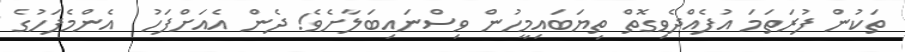
ތަކުން ފުރަތަމަ އުފެއްދެވިގޮތް ތިޔަބައިމީހުން ވިސްނައިބަލާށެވެ! ދެން އެއަށްފަހު  އެންމެފަހުގެ